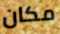
مكان